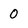
Character: 0